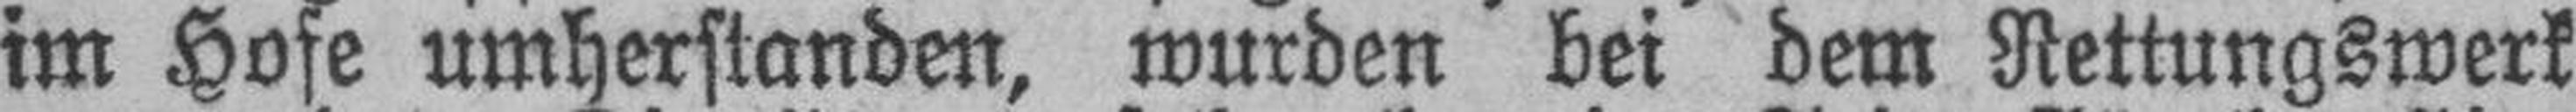
im Hofe umherstanden, wurden bei dem Rettungswerk